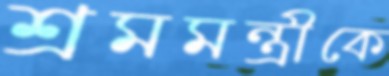
শ্রমমন্ত্রীকে